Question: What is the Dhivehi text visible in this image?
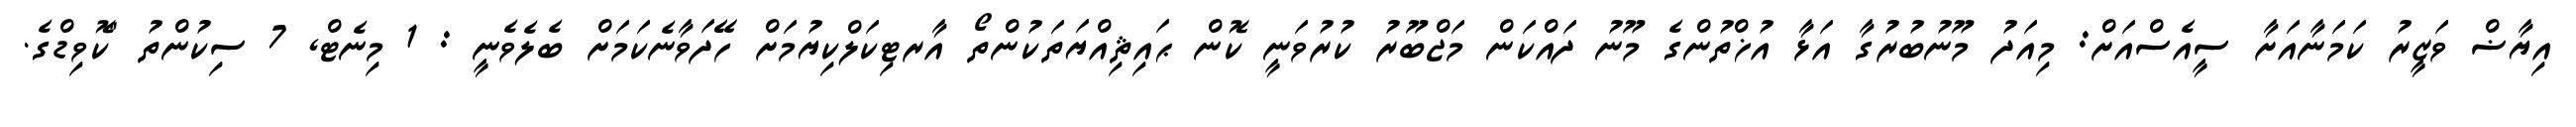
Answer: އިޔާޟް ވަޒީރު ކަމަނާއަށާ ސީއެސްއަށް: މިއަދު މޫނުބުރުގާ އަޅާ އުޚްތުންގެ މޫނު ދައްކަން މަޖްބޫރު ކުރުވަނީ ކޮން ޙައިޘިއްޔަތަކުންތޯ އާރޓިކަލްކިޔުމަށް ހޭދަވާނެކަމަށް ބެލެވެނީ : 1 މިނެޓް, 7 ސިކުންތު "ކޮވިޑްގެ.